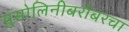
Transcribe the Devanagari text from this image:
मुसोलिनीबरोबरचा